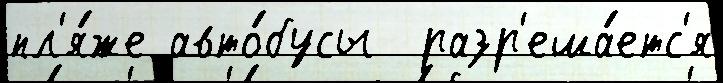
пл'я́же авто́бусы  разр'еша́етс'я